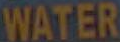
WATER